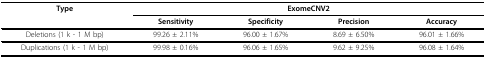
| Type | <COLSPAN=4> ExomeCNV2 |
 |  | Sensitivity | Specificity | Precision | Accuracy |
 | --- | --- | --- | --- | --- |
 | Deletions (1 k - 1 M bp) | 99.26 ± 2.11% | 96.00 ± 1.67% | 8.69 ± 6.50% | 96.01 ± 1.66% |
 | Duplications (1 k - 1 M bp) | 99.98 ± 0.16% | 96.06 ± 1.65% | 9.62 ± 9.25% | 96.08 ± 1.64% |